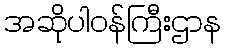
အဆိုပါဝန်ကြီးဌာန